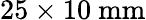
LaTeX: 25\times 10~\mathrm{mm}